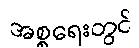
အစ္စရေးတွင်